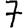
Digit: 7